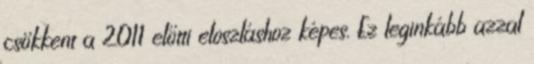
csökkent a 2011 előtti eloszláshoz képes. Ez leginkább azzal